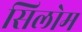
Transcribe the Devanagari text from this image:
सिलोम